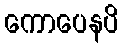
ကောပေနပိ